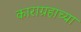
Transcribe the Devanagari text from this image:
काराग्रहाच्या